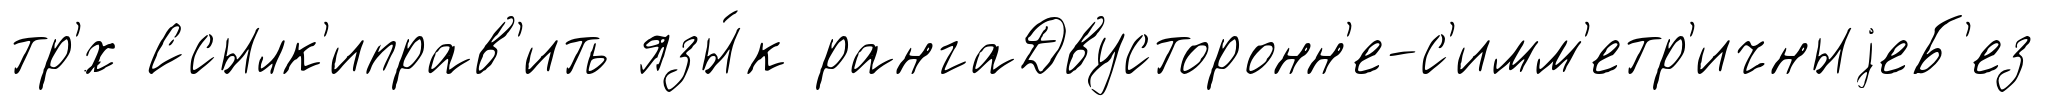
тр'́х Ссылк'иправ'ить язы́к рангаДвусторонн'е-с'имм'етр'ичныjеБ'ез